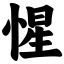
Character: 惺